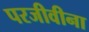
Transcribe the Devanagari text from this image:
परजीवीना